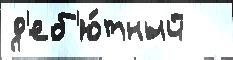
д'еб'ю́тный